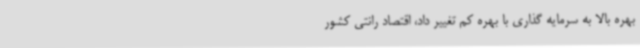
بهره بالا به سرمایه گذاری با بهره کم تغییر داد، اقتصاد رانتی کشور